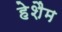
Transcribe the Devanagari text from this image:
हेशैम